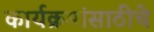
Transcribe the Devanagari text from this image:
कार्यक्रमांसाठीचे